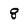
Character: 8